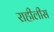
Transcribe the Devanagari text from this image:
राहीलीस